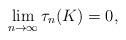
LaTeX: \begin{align*} \lim_{n\to\infty} \tau_n(K) = 0,\end{align*}